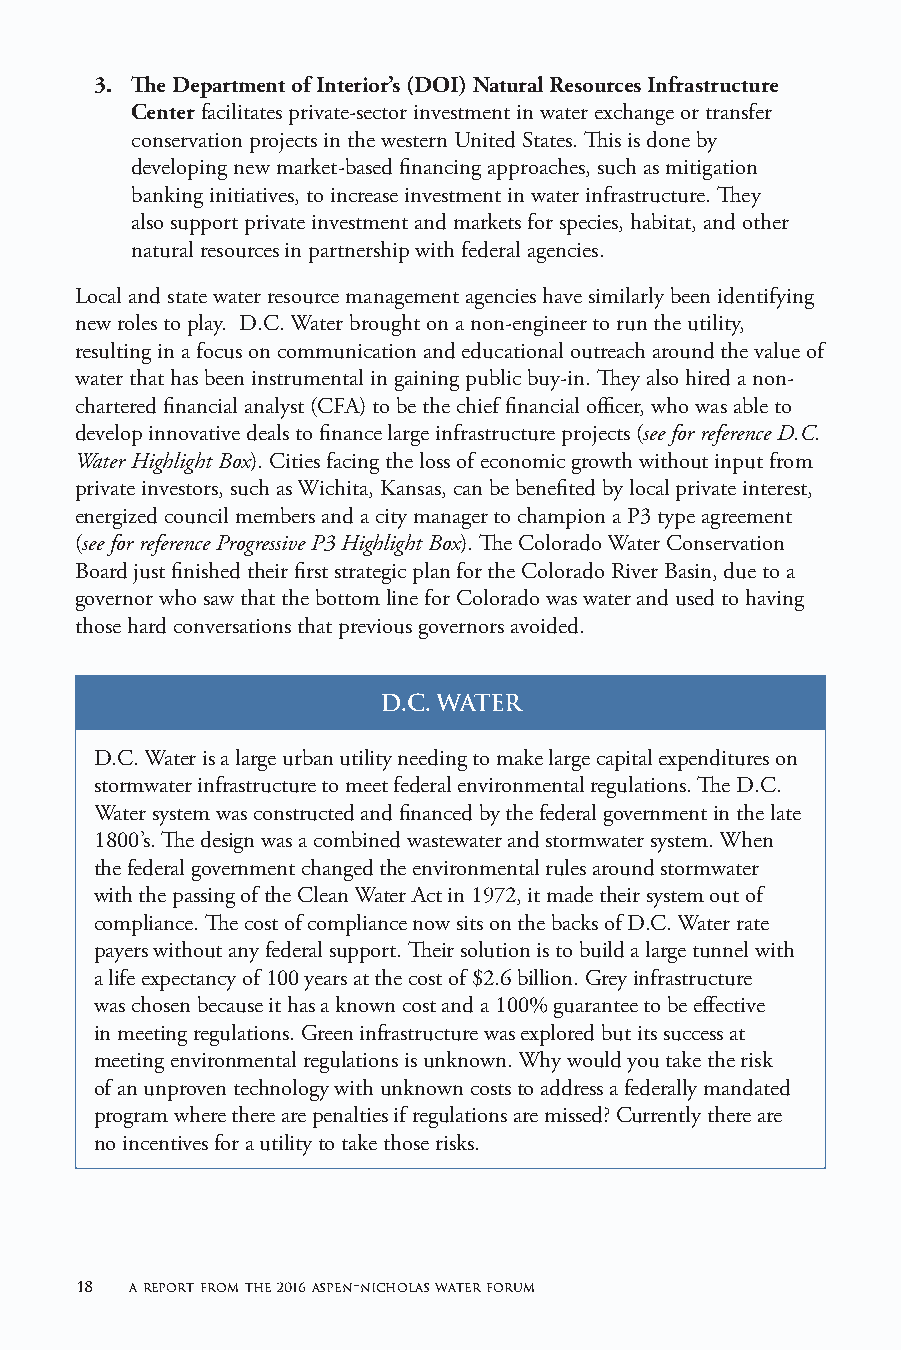
3. The Department of Interior’s (DOI) Natural Resources Infrastructure
 Center facilitates private-sector investment in water exchange or transfer
 conservation projects in the western United States. This is done by
 developing new market-based financing approaches, such as mitigation
 banking initiatives, to increase investment in water infrastructure. They
 also support private investment and markets for species, habitat, and other
 natural resources in partnership with federal agencies.
 Local and state water resource management agencies have similarly been identifying
 new roles to play. D.C. Water brought on a non-engineer to run the utility,
 resulting in a focus on communication and educational outreach around the value of
 water that has been instrumental in gaining public buy-in. They also hired a non-
 chartered financial analyst (CFA) to be the chief financial officer, who was able to
 develop innovative deals to finance large infrastructure projects (see for reference D.C.
 Water Highlight Box). Cities facing the loss of economic growth without input from
 private investors, such as Wichita, Kansas, can be benefited by local private interest,
 energized council members and a city manager to champion a P3 type agreement
 (see for reference Progressive P3 Highlight Box). The Colorado Water Conservation
 Board just finished their first strategic plan for the Colorado River Basin, due to a
 governor who saw that the bottom line for Colorado was water and used to having
 those hard conversations that previous governors avoided.
 D.C. WATER
 D.C. Water is a large urban utility needing to make large capital expenditures on
 stormwater infrastructure to meet federal environmental regulations. The D.C.
 Water system was constructed and financed by the federal government in the late
 1800’s. The design was a combined wastewater and stormwater system. When
 the federal government changed the environmental rules around stormwater
 with the passing of the Clean Water Act in 1972, it made their system out of
 compliance. The cost of compliance now sits on the backs of D.C. Water rate
 payers without any federal support. Their solution is to build a large tunnel with
 a life expectancy of 100 years at the cost of $2.6 billion. Grey infrastructure
 was chosen because it has a known cost and a 100% guarantee to be effective
 in meeting regulations. Green infrastructure was explored but its success at
 meeting environmental regulations is unknown. Why would you take the risk
 of an unproven technology with unknown costs to address a federally mandated
 program where there are penalties if regulations are missed? Currently there are
 no incentives for a utility to take those risks.
 18  a report from the 2016 aspen-nicholas water forum